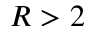
R > 2